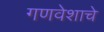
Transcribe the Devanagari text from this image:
गणवेशाचे